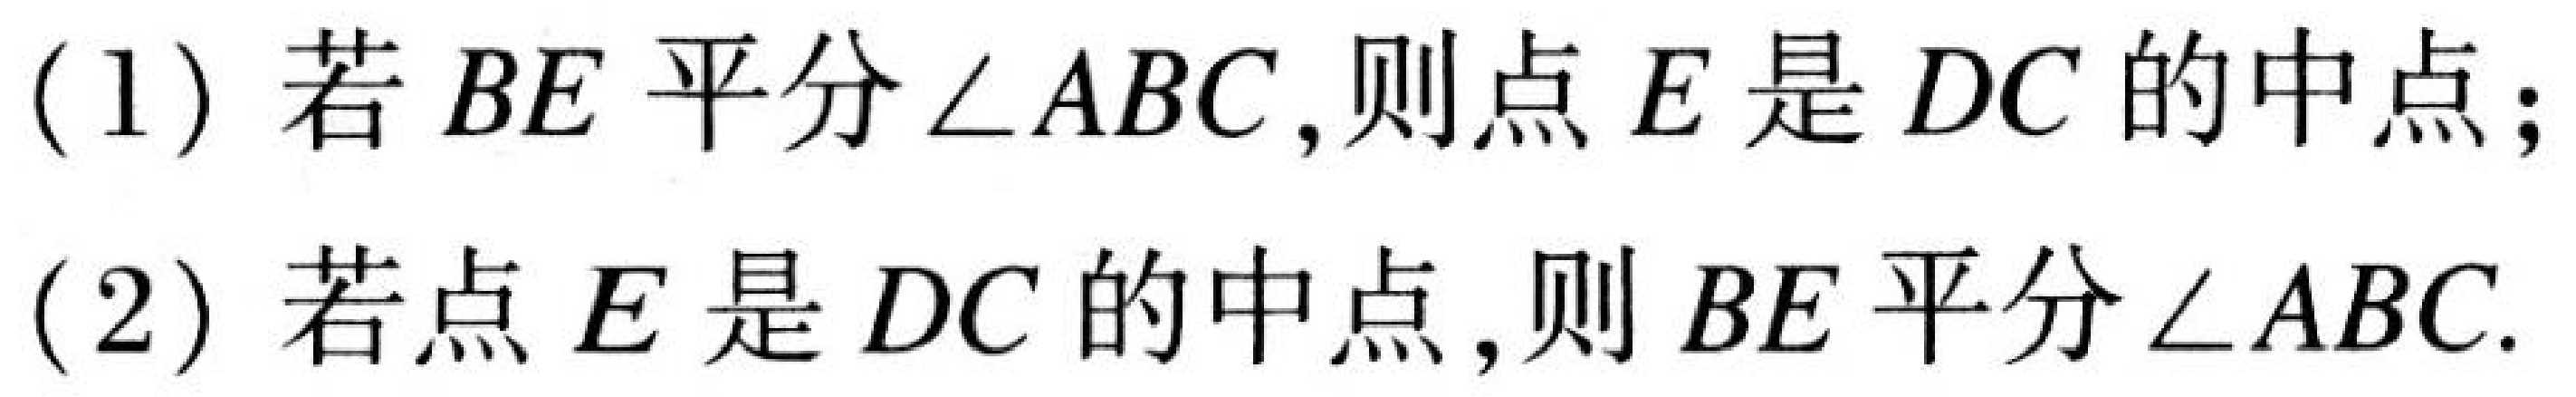
(1) 若 \(BE\) 平分 \(\angle ABC\),则点 \(E\) 是 \(DC\) 的中点；
(2) 若点 \(E\) 是 \(DC\) 的中点,则 \(BE\) 平分 \(\angle ABC\).